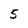
Character: 5